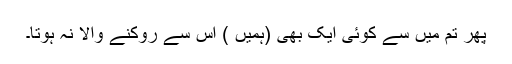
پھر تم میں سے کوئی ایک بھی (ہمیں ) اس سے روکنے والا نہ ہوتا۔